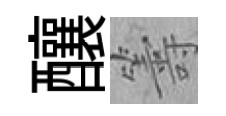
釀籌